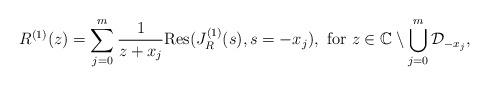
LaTeX: \begin{align*}R^{(1)}(z) = \sum_{j=0}^{m} \frac{1}{z+x_{j}}\mbox{Res}(J_{R}^{(1)}(s),s = -x_{j}), \mbox{ for } z \in \mathbb{C}\setminus \bigcup_{j=0}^{m}\mathcal{D}_{-x_{j}},\end{align*}